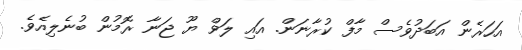
އަހަރެން އަބަދުވެސް މާފް ކުރާނަން. އައި ލަވް ޔޫ ޖަނާ ރޮމުން ބުނެލިއެވެ.